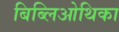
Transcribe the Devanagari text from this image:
बिब्लिओथिका